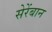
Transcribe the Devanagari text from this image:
सेरेंबान